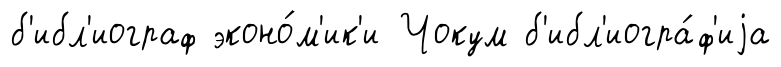
б'ибл'иограф эконо́м'ик'и Чокум б'ибл'иогра́ф'иjа